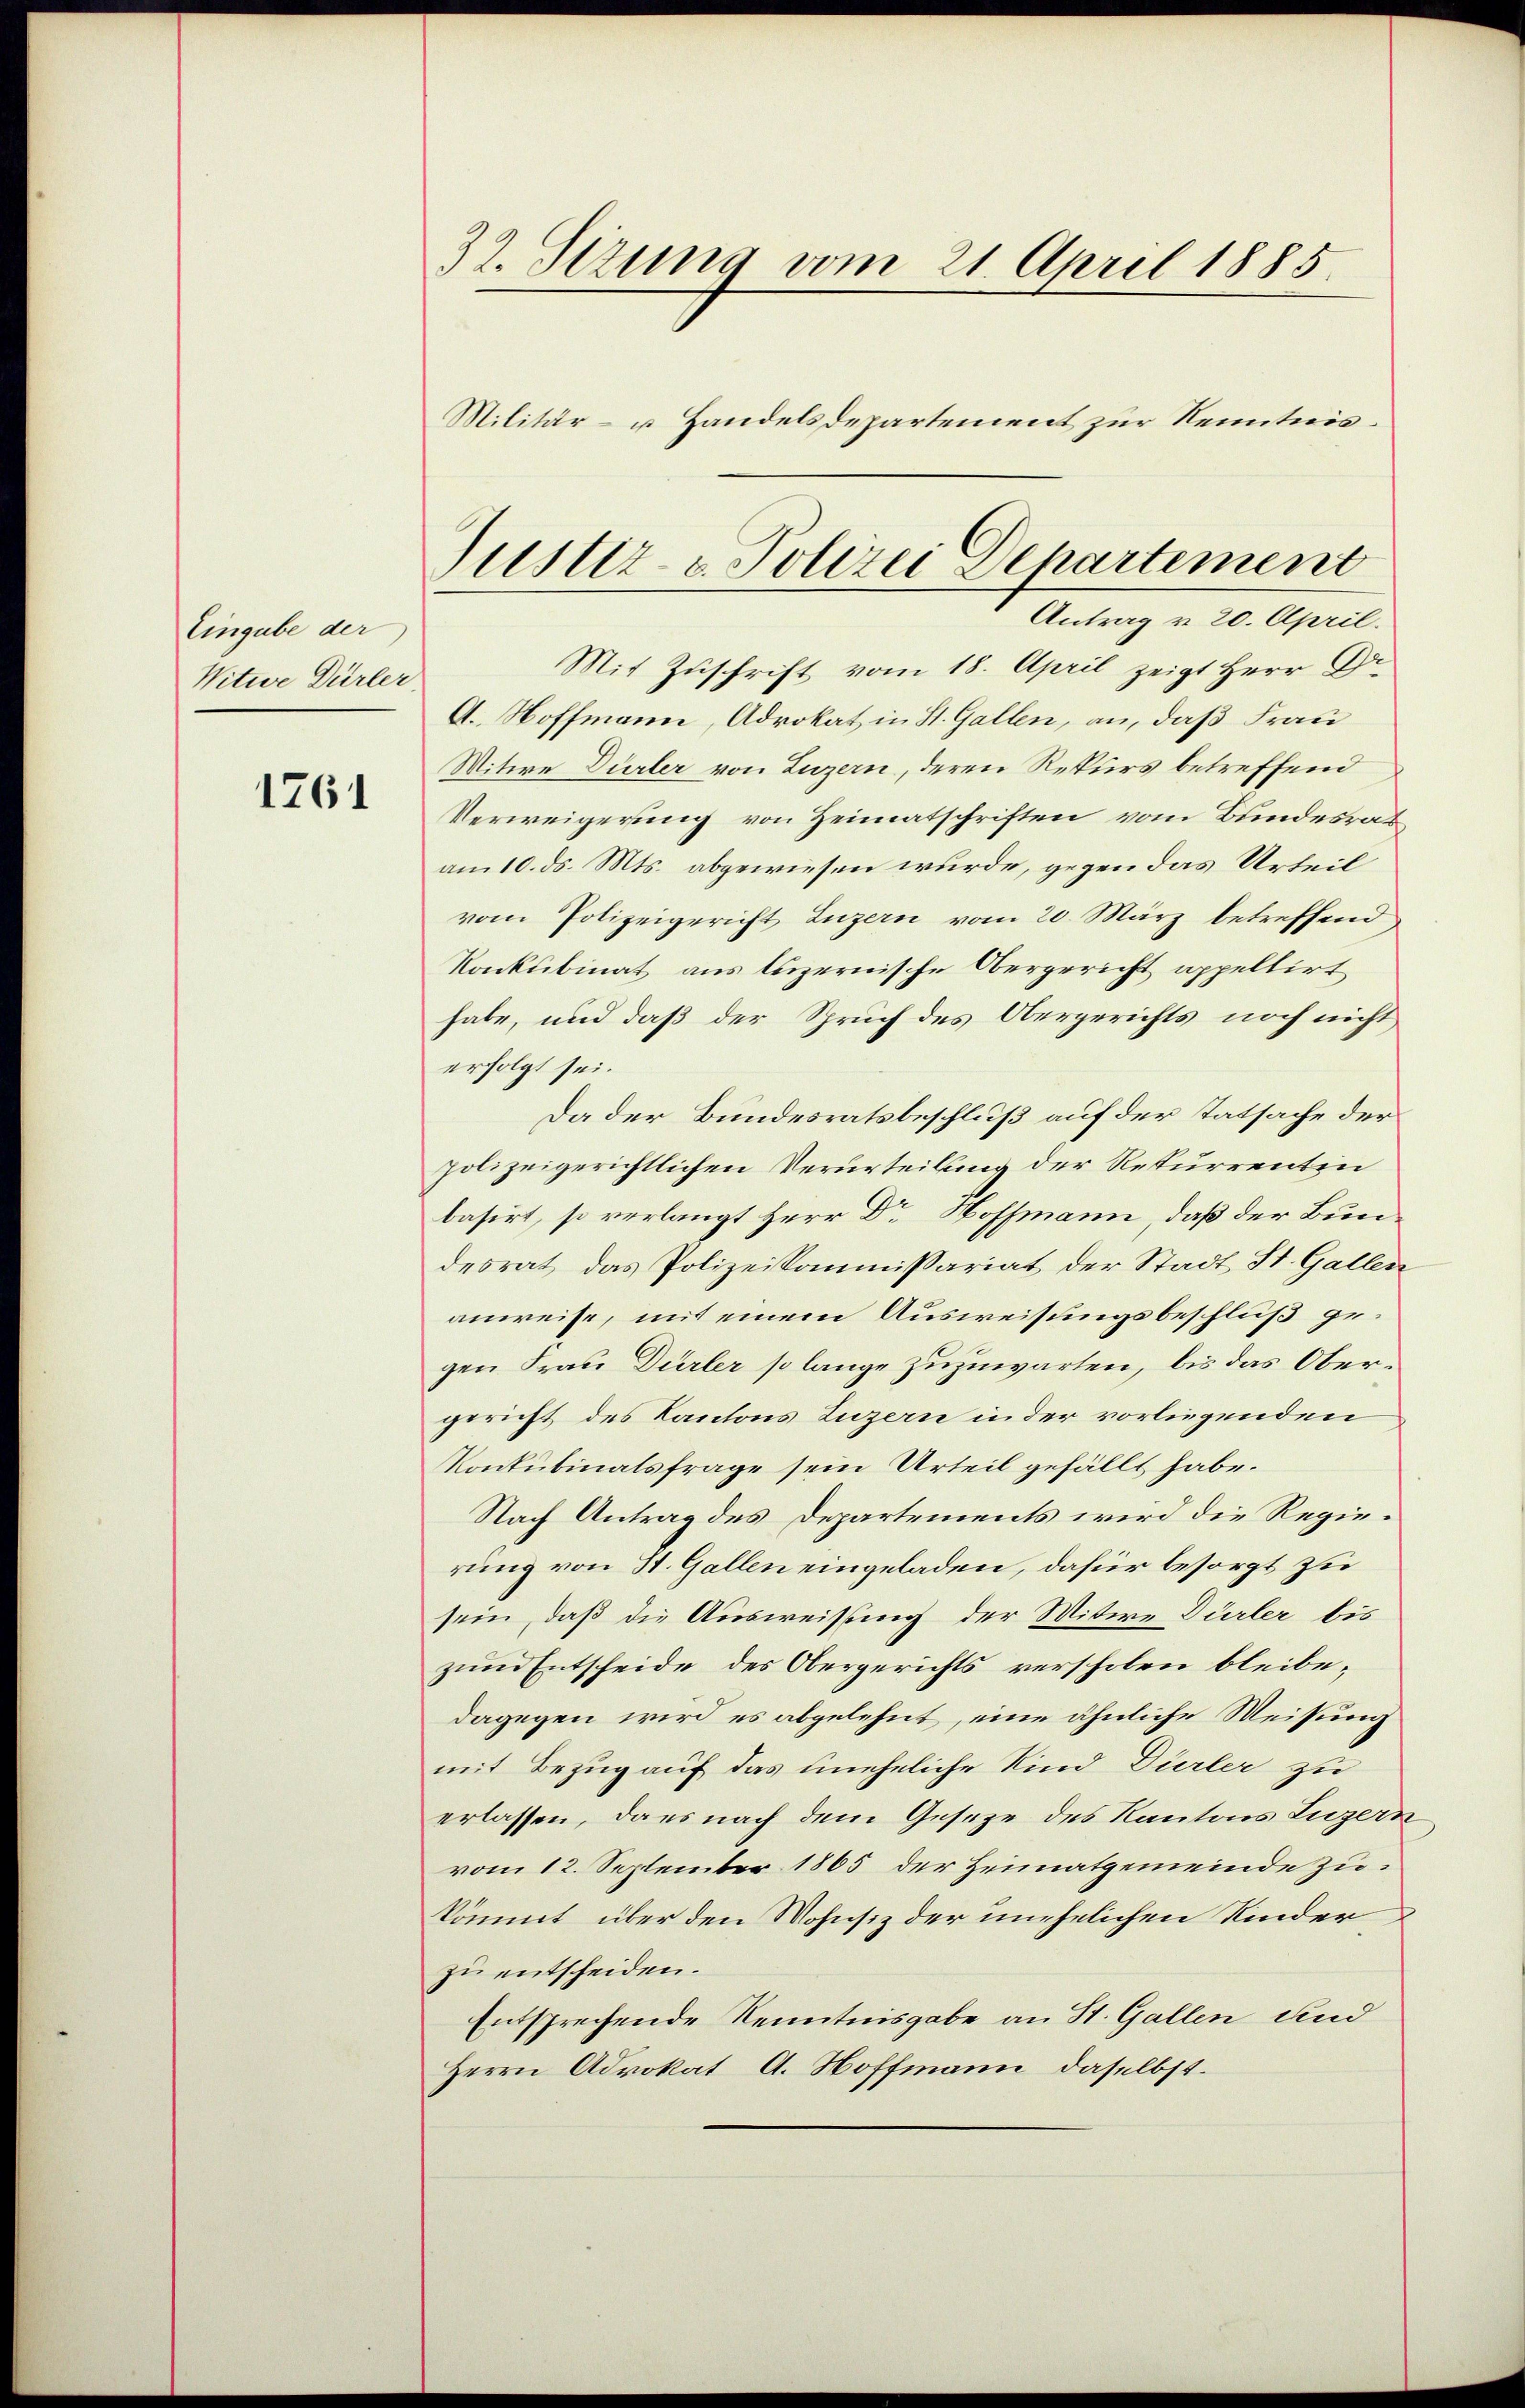
Eingabe der
Witwe Dürler,

1761

39. Sizung vom 21. April 1885
Militär- u Handelsdepartement zur Kenntnis¬

Mit Zuschrift vom 18. April zeigt Herr Dr.
A. Hoffmann, Advokat in St. Gallen, an, daß Frau
Witwe Dürler von Luzern, deren Rekurs betreffend
Verweigerung von Heimatschriften vom Bundesrat
am 10. ds. Mts. abgewiesen wurde, gegen das Urteil
vom Polizeigericht Luzern vom 20. März betreffend
Konkubinat aus luzernische Obergericht appellirt
habe, und daß der Spruch des Obergerichts noch nicht
erfolgt sei.
Da der Bundesratsbeschluß auf der Tatsache der
polizeigerichtlichen Verurteilung der Rekurrenten
basirt, so verlangt Herr Dr. Hoffmann, daß der Bundesrat das Polizeikommissariat der Stadt St. Gallen
anweise, mit einem Ausweisungsbeschluß gegen Frau Dürler so lange zuzuwarten, bis das Obergericht des Kantons Luzern in der vorliegenden
Konkubinatsfrage sein Urteil gefällt habe.
Nach Antrag des Departements wird die Regierung von St. Gallen eingeladen, dafür besorgt zu
sein, daß die Ausweisung der Witwe Dürler bis
zum Entscheide des Obergerichts verscholen bleibedagegen wird es abgelehnt, eine ähnliche Weisung
mit Bezug auf das uneheliche Kind Dürler zu
erlassen, dass nach dem Geseze des Kantons Luzern
vom 12. September 1805 der Heimatgemeinde zukömmt über den Wohnsiz der unehelichen Kinder
zu entscheiden.
Entsprechende Kenntnisgabe an St. Gallen und
Herrn Advokat A. Hoffmann, daselbst.

Justiz - Polizei Departement
Antrag v. 20. April.